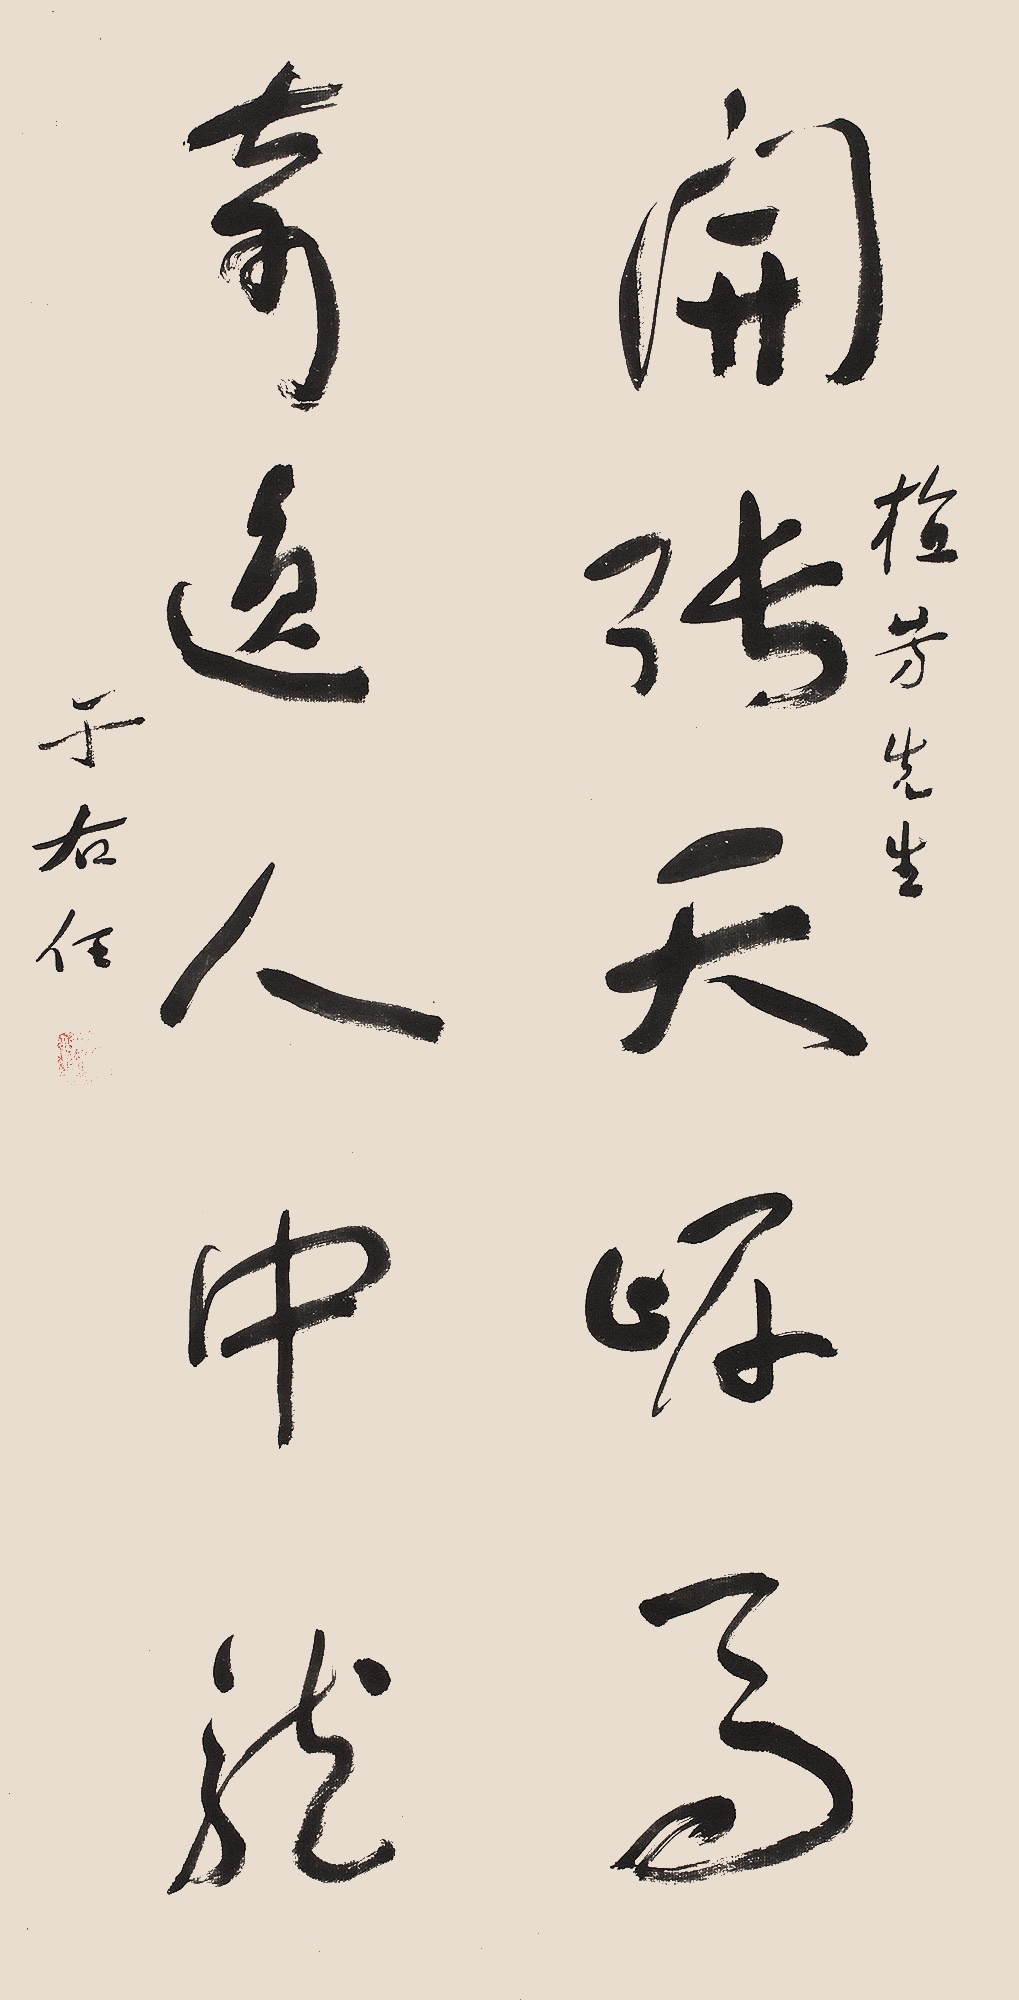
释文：开张天岸马，奇逸人中龙。梅芳先生。于右任。